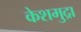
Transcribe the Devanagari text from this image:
केशमुद्रा